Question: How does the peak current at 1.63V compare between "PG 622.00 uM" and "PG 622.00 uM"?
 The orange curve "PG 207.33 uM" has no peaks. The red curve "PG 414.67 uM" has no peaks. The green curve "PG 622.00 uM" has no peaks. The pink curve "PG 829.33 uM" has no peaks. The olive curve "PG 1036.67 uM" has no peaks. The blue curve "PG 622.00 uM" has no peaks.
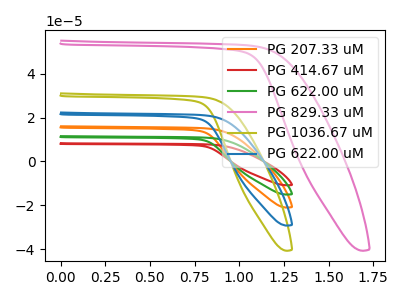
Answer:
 <answer>"PG 622.00 uM" and "PG 622.00 uM" dont share a peak at 1.63V.</answer>
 <eval>mismatch</eval>